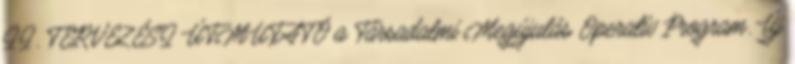
II. TERVEZÉSI ÚTMUTATÓ a Társadalmi Megújulás Operatív Program. Új